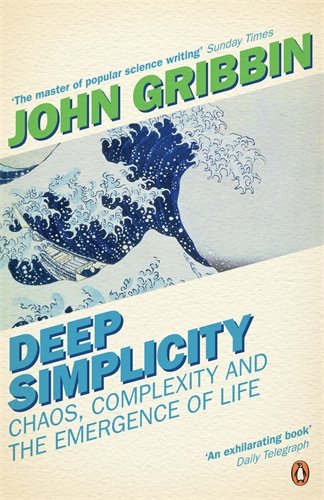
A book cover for Deep Simplicity: Chaos, Complexity and the Emergence of Life (Penguin Press Science); John R. Gribbin; Science & Math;